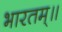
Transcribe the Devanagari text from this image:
भारतम्॥